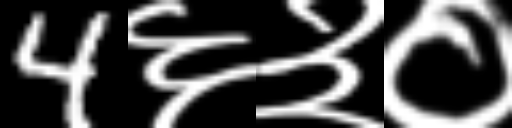
Text: 4६३०